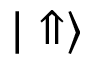
| \Uparrow \rangle